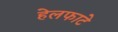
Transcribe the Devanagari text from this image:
हेलफाटे